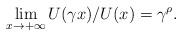
LaTeX: \begin{align*}\lim_{x\rightarrow +\infty }U(\gamma x)/U(x)=\gamma ^{\rho }.\end{align*}